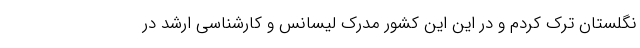
نگلستان ترک کردم و در این این کشور مدرک لیسانس و کارشناسی ارشد در